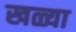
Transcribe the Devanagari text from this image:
खळ्या